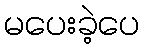
မပေးခဲ့ပေ